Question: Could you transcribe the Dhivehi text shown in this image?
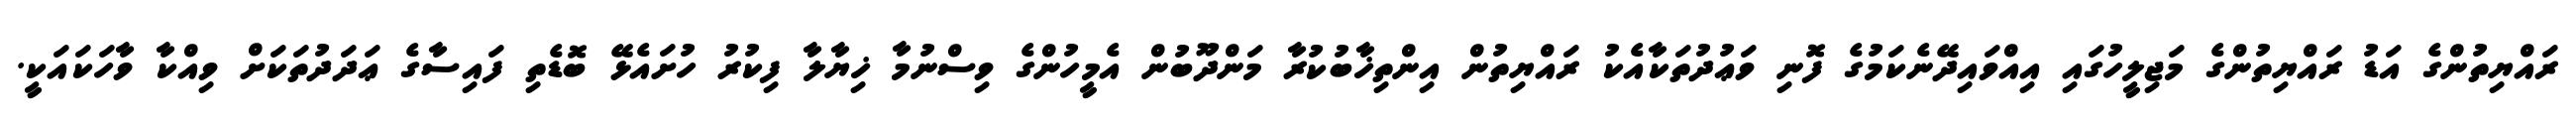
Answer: ރައްޔިތުންގެ އަޑު ރައްޔިތުންގެ މަޖިލީހުގައި އިއްވައިދޭނެކަމުގެ ފޮނި ވަޢުދުތަކާއެކު ރައްޔިތުން އިންތިޚާބުކުރާ މަންދޫބުން އެމީހުންގެ ވިސްނުމާ ޚިޔާލާ ފިކުރު ހުށައެޅޭ ބޮޑެތި ފައިސާގެ ޢަދަދުތަކަށް ވިއްކާ ވާހަކައަކީ.